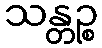
သန္တဉ္စ